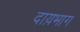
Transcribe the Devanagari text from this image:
दाय़भाग